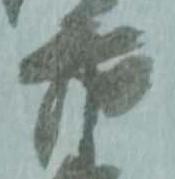
右